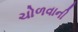
ચોળવાની